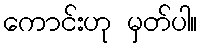
ကောင်းဟု မှတ်ပါ။